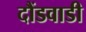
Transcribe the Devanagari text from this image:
दौंडवाडी